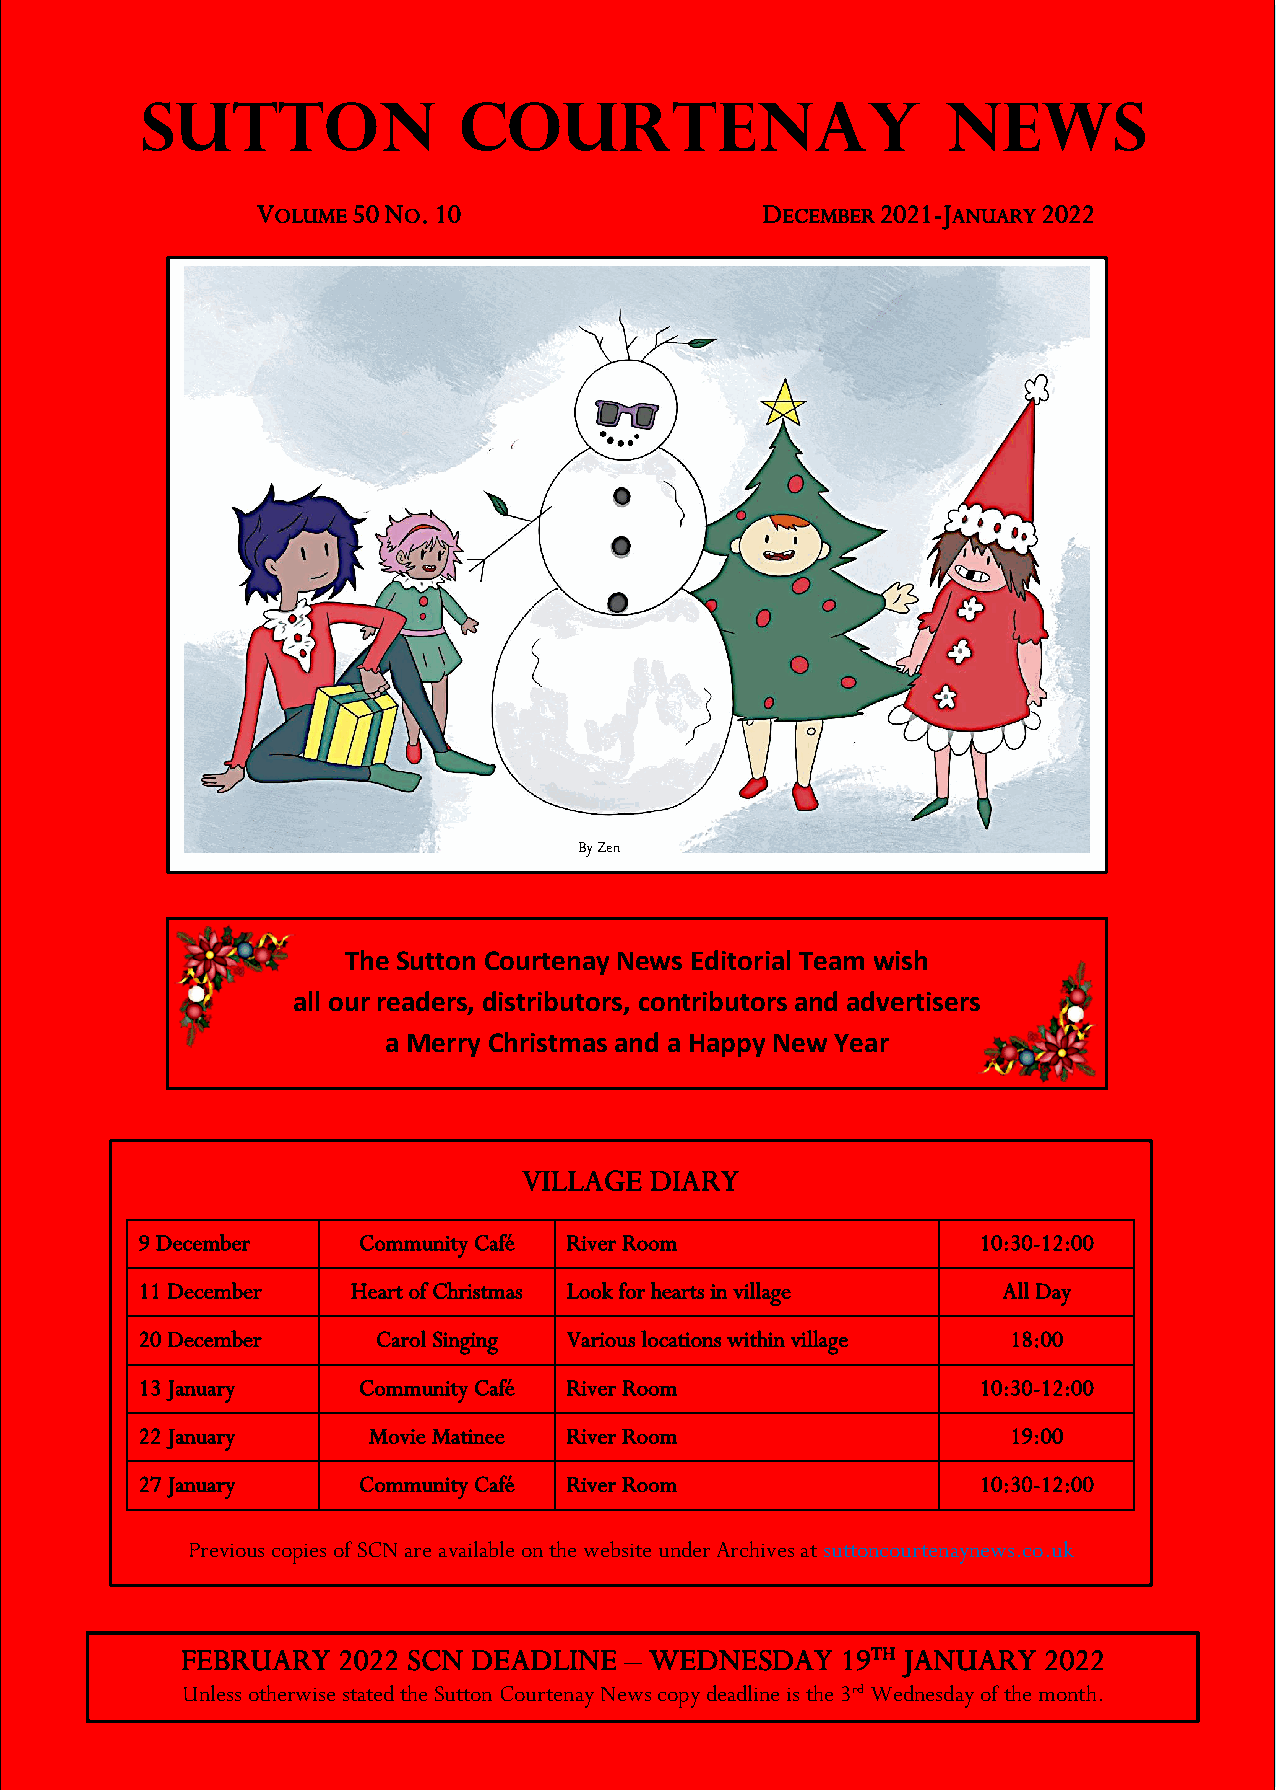
SUTTON               COURTENAY                        NEWS
 VOLUME 50 NO. 10                 DECEMBER 2021-JANUARY 2022
 By Zen
 The Sutton Courtenay News Editorial Team wish
 all our readers, distributors, contributors and advertisers
 a Merry Christmas and a Happy New Year
 VILLAGE DIARY
 9 December     Community Café River Room                10:30-12:00
 11 December   Heart of Christmas Look for hearts in village All Day
 20 December     Carol Singing Various locations within village 18:00
 13 January     Community Café River Room                10:30-12:00
 22 January     Movie Matinee River Room                   19:00
 27 January     Community Café River Room                10:30-12:00
 Previous copies of SCN are available on the website under Archives at suttoncourtenaynews.co.uk
 FEBRUARY  2022 SCN DEADLINE  – WEDNESDAY    19TH JANUARY 2022
 Unless otherwise stated the Sutton Courtenay News copy deadline is the 3rd Wednesday of the month.